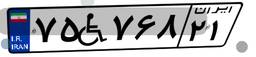
۷۵W۷۶۸۲۱